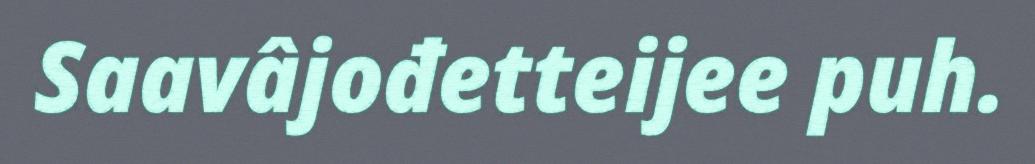
Saavâjođetteijee puh.